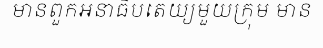
មានពួកអនាធិបតេយ្យមួយក្រុម មាន